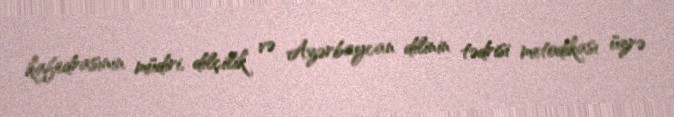
kafedrasının müdiri, dilçilik və Azərbaycan dilinin tədrisi metodikası üzrə